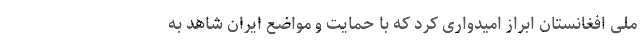
ملی افغانستان ابراز امیدواری کرد که با حمایت و مواضع ایران شاهد به